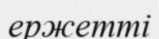
ержетті